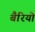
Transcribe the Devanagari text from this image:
बैरियो